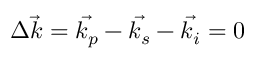
\Delta \vec { k } = \vec { k _ { p } } - \vec { k _ { s } } - \vec { k _ { i } } = 0